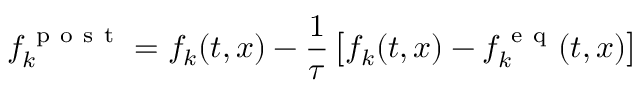
f _ { k } ^ { \mathrm { ~ p ~ o ~ s ~ t ~ } } = f _ { k } ( t , \boldsymbol { x } ) - \frac { 1 } { \tau } \left[ f _ { k } ( t , \boldsymbol { x } ) - f _ { k } ^ { \mathrm { ~ e ~ q ~ } } ( t , \boldsymbol { x } ) \right]